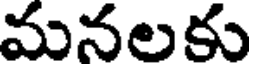
మనలకు